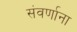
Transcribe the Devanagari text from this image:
संवर्णाना